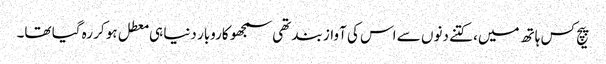
پیچ کس ہاتھ میں، کتنے دنوں سے اس کی آواز بند تھی سمجھو کاروبار دنیا ہی معطل ہو کر رہ گیا تھا۔